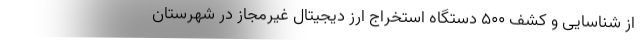
از شناسایی و کشف ۵۰۰ دستگاه استخراج ارز دیجیتال غیرمجاز در شهرستان